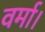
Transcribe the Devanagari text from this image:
वर्मा।